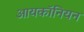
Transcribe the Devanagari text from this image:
आयकॉनियन